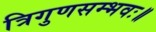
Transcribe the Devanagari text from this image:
त्रिगुणसम्भवः॥